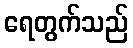
ရေတွက်သည်